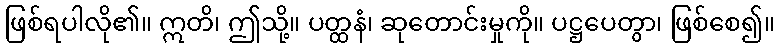
ဖြစ်ရပါလို၏။ ဣတိ၊ ဤသို့။ ပတ္ထနံ၊ ဆုတောင်းမှုကို။ ပဋ္ဌပေတွာ၊ ဖြစ်စေ၍။